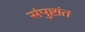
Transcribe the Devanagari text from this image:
संपुष्टांत